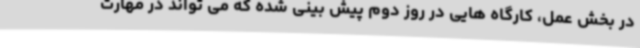
در بخش عمل، کارگاه هایی در روز دوم پیش بینی شده که می تواند در مهارت